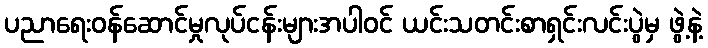
ပညာရေးဝန်ဆောင်မှုလုပ်ငန်းများအပါဝင် ယင်းသတင်းစာရှင်းလင်းပွဲမှ ဖွဲ့နဲ့